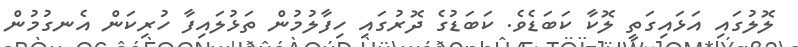
ލޮލުގައި އަޅައިގަތީ ލޮކާ ކަބަޑެވެ. ކަބަޑުގެ ދޮރުގައި ހިފާލުމުން ތަޅުލައިފާ ހުރިކަން އެނގުމުން